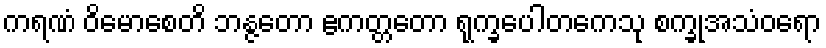
ကရဏံ ဝိမောစေတိ ဘန္ဇတော ဧကတ္တတော ရုက္ခပေါတကေသု စက္ခုအသံဝရော